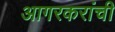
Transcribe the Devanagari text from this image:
आगरकरांची